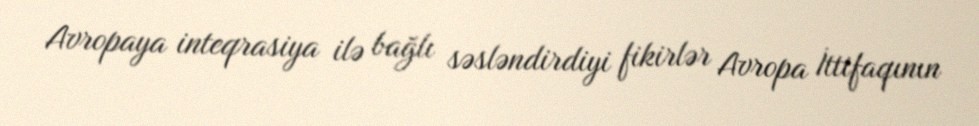
Avropaya inteqrasiya ilə bağlı səsləndirdiyi fikirlər Avropa İttifaqının